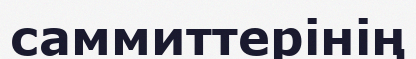
саммиттерінің